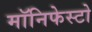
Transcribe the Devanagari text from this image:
मॉनिफेस्टो